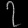
Digit: ၇